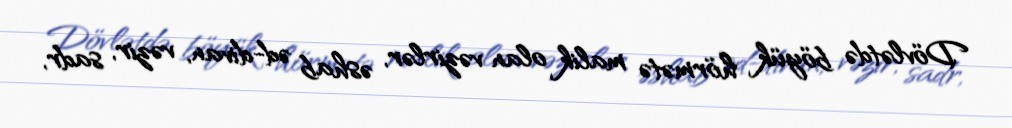
Dövlətdə böyük hörmətə malik olan vəzirlər, əshab əd-divan, vəzir, sadr,